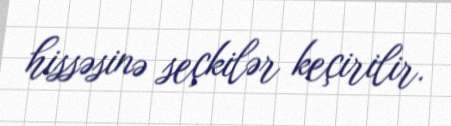
hissəsinə seçkilər keçirilir.